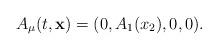
LaTeX: \begin{align*}A_{\mu} (t, {\bf x}) = (0, A_1 (x_2), 0, 0).\end{align*}